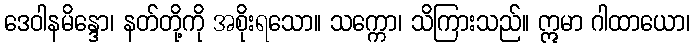
ဒေဝါနမိန္ဒော၊ နတ်တို့ကို အစိုးရသော။ သက္ကော၊ သိကြားသည်။ ဣမာ ဂါထာယော၊